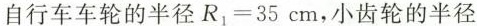
自行车车轮的半径R1=35cm，小齿轮的半径